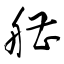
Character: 艚